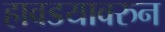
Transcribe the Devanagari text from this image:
हावडयावरुन